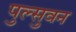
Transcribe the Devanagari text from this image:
पुल्सुवन